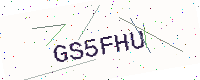
Text: GS5FHU